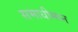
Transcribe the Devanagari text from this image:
समाधीमग्न